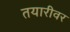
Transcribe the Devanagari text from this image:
तयारीवर